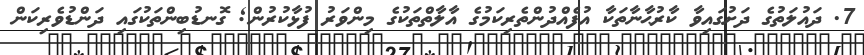
7. ދައުލަތުގެ ދަށުގައިވާ ކާރުޙާނާތަކާ އުފެއްދުންތެރިކަމުގެ އާލާތްތަކުގެ މިންވަރު ފުޅާކުރުން; ގޮނޑުބިންތަކުގައި ދަންޑުވެރިކަން